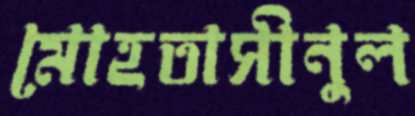
মোহতাসীনুল